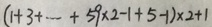
( 1 + 3 + \cdots + 5 9 \times 2 - 1 + 5 - 1 ) \times 2 + 1